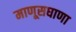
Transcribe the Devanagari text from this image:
माणूसघाणा